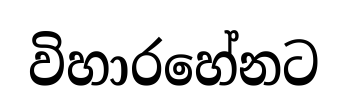
විහාරහේනට